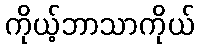
ကိုယ့်ဘာသာကိုယ်